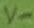
Text: V-